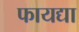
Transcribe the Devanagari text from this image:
फायद्या